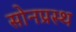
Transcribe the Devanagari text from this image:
सोनप्रस्थ